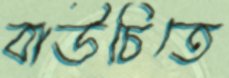
বাউচিতে